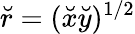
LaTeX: \breve{r}=(\breve{x}\breve{y})^{1/2}